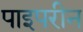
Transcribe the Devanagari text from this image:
पाइपरीन